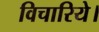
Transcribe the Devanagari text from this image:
विचारिये।